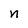
Character: n